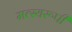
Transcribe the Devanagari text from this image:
मत्स्यरूपी